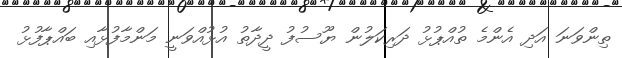
ތިންވަނަ އަދި އެންމެ ތުއްޕުޅު ދަރިކަލުން ޔޫސުފު ދީދާތު އުޅުއްވަނީ މަންމާފުޅާއި ބައްޕާފުޅު